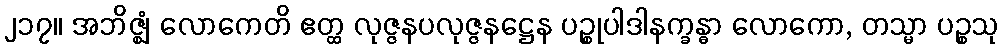
၂၁၇။ အဘိဇ္ဈံ လောကေတိ ဧတ္ထ လုဇ္ဇနပလုဇ္ဇနဋ္ဌေန ပဉ္စုပါဒါနက္ခန္ဓာ လောကော, တသ္မာ ပဉ္စသု